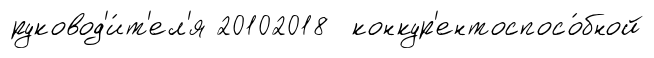
руковод'и́т'ел'я 20102018 конкур'ентоспосо́бной